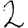
Digit: 2